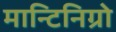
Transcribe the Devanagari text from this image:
मान्टिनिग्रो